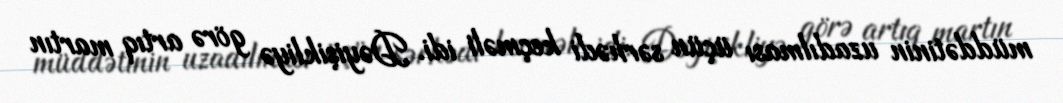
müddətinin uzadılması üçün sərhədi keçməli idi. Dəyişikliyə görə artıq martın